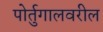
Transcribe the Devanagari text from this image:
पोर्तुगालवरील